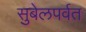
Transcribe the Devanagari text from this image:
सुबेलपर्वत